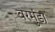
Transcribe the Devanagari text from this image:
वरमुंडा